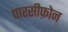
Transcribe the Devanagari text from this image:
पारसीफ़ोन